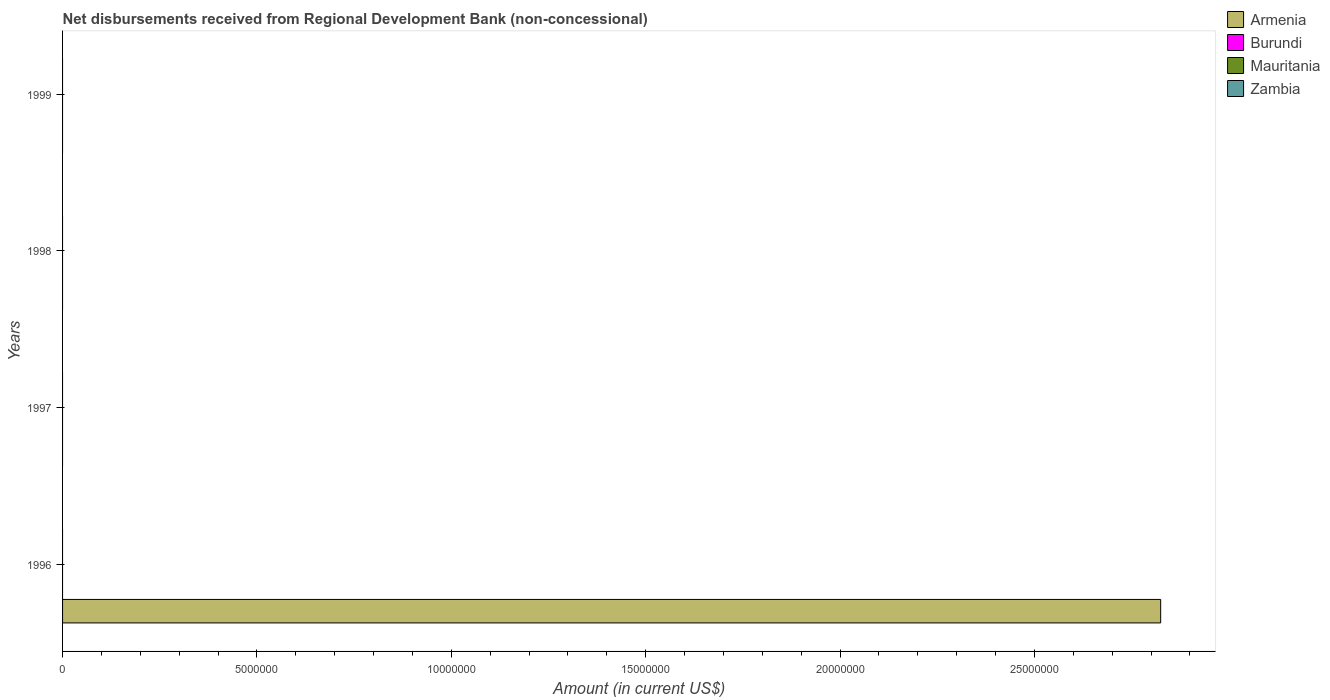
| Years | Armenia | Burundi | Mauritania | Zambia |
 | --- | --- | --- | --- | --- |
 | 1996 | 2.82e+07 | -4.05e+06 | -4.46e+06 | -1.45e+07 |
 | 1997 | -7e+05 | -3.83e+06 | -6.23e+06 | -1.57e+07 |
 | 1998 | -5.78e+06 | -4.06e+06 | -5.57e+06 | -1.55e+07 |
 | 1999 | -3.96e+06 | -1.96e+06 | -8.15e+06 | -1.5e+07 |